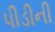
પીડીની